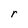
Character: r